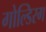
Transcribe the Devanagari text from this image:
गोल्डिरग